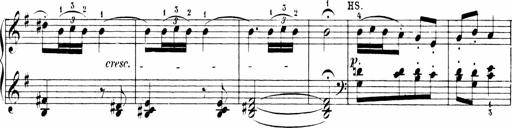
Title: 6 Sonatinas
Composer: Carl Reinecke